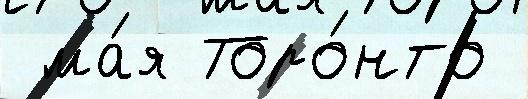
 ма́я Торо́нто